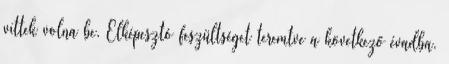
vittek volna be. Elképesztó feszültséget teremtve a következő évadba.